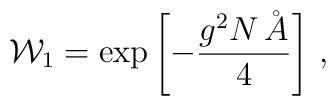
{\cal W}_1=\exp\left[-\frac{g^2 N \,\AA}4\right]\,,